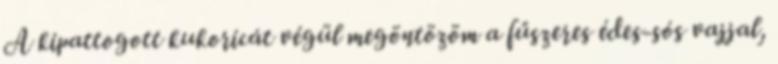
A kipattogott kukoricát végül megöntözöm a fűszeres édes-sós vajjal,